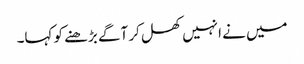
میں نے انہیں کھل کر آگے بڑھنے کو کہا۔